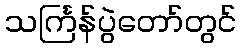
သင်္ကြန်ပွဲတော်တွင်